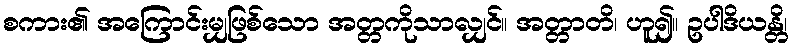
စကား၏ အကြောင်းမျှဖြစ်သော အတ္တကိုသာလျှင်။ အတ္တာတိ၊ ဟူ၍။ ဥပါဒိယန္တိ၊